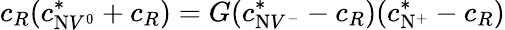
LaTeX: c_{R}(c_{\mathrm{N}V^{0}}^{*}+c_{R})=G(c_{\mathrm{N}V^{-}}^{*}-c_{R})(c_{\mathrm{N}^{+}}^{*}-c_{R})